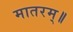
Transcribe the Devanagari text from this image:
मातरम्॥